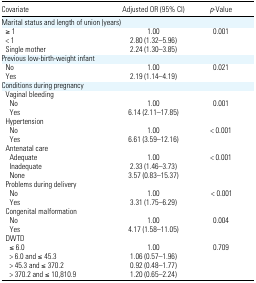
<table><thead><tr><td><b>Covariate</b></td><td><b>Adjusted OR (95% CI)</b></td><td><b><i>p</i>-Value</b></td></tr></thead><tbody><tr><td colspan="3">Marital status and length of union (years)</td></tr><tr><td> ≥1</td><td>1.00</td><td>0.001</td></tr><tr><td> &lt; 1</td><td>2.80 (1.32–5.96)</td><td></td></tr><tr><td> Single mother</td><td>2.24 (1.30–3.85)</td><td></td></tr><tr><td colspan="3">Previous low-birth-weight infant</td></tr><tr><td> No</td><td>1.00</td><td>0.021</td></tr><tr><td> Yes</td><td>2.19 (1.14–4.19)</td><td></td></tr><tr><td colspan="3">Conditions during pregnancy</td></tr><tr><td colspan="3"> Vaginal bleeding</td></tr><tr><td>No</td><td>1.00</td><td>0.001</td></tr><tr><td>Yes</td><td>6.14 (2.11–17.85)</td><td></td></tr><tr><td colspan="3"> Hypertension</td></tr><tr><td>No</td><td>1.00</td><td>&lt; 0.001</td></tr><tr><td>Yes</td><td>6.61 (3.59–12.16)</td><td></td></tr><tr><td colspan="3"> Antenatal care</td></tr><tr><td>Adequate</td><td>1.00</td><td>&lt; 0.001</td></tr><tr><td>Inadequate</td><td>2.33 (1.46–3.73)</td><td></td></tr><tr><td>None</td><td>3.57 (0.83–15.37)</td><td></td></tr><tr><td colspan="3"> Problems during delivery</td></tr><tr><td>No</td><td>1.00</td><td>&lt; 0.001</td></tr><tr><td>Yes</td><td>3.31 (1.75–6.29)</td><td></td></tr><tr><td colspan="3"> Congenital malformation</td></tr><tr><td>No</td><td>1.00</td><td>0.004</td></tr><tr><td>Yes</td><td>4.17 (1.58–11.05)</td><td></td></tr><tr><td colspan="3"> DWTD</td></tr><tr><td>≤6.0</td><td>1.00</td><td>0.709</td></tr><tr><td>&gt; 6.0 and ≤45.3</td><td>1.06 (0.57–1.96)</td><td></td></tr><tr><td>&gt; 45.3 and ≤370.2</td><td>0.92 (0.48–1.77)</td><td></td></tr><tr><td>&gt; 370.2 and ≤10,810.9</td><td>1.20 (0.65–2.24)</td><td></td></tr></tbody></table>